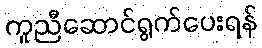
ကူညီဆောင်ရွက်ပေးရန်